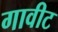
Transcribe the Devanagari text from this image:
गावीट